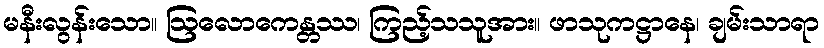
မနီးလွန်းသော။ ဩလောကေန္တဿ၊ ကြည့်သသူအား။ ဖာသုကဋ္ဌာနေ၊ ချမ်းသာရာ